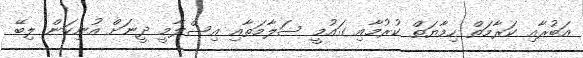
އަބުރާއި ކަރާމަތް ހިމާޔަތް ކުރުމާއި ގައުމީ ސަލާމަތާއި އިސްލާމީ ދީނަށް އުނިކަން ލިބޭ